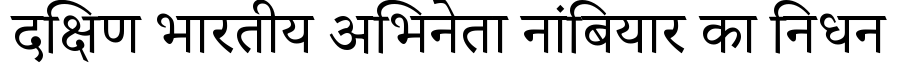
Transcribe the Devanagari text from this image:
दक्षिण भारतीय अभिनेता नांबियार का निधन